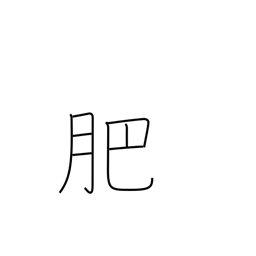
Meaning: manure